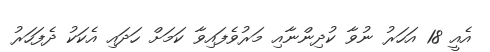
އެއީ 18 އަހަރު ނުވާ ކުދިންނާއި މަރުވެފައިވާ ކަމަށް ހަދައި އެކަކު ދެފަހަރު